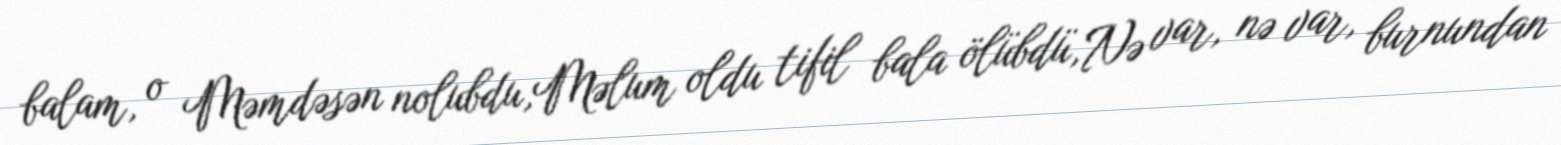
balam, o Məmdəsən nolubdu,Məlum oldu tifil bala ölübdü,Nə var, nə var, burnundan